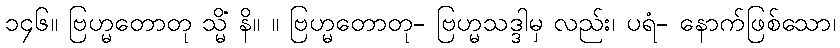
၁၄၆။ ဗြဟ္မတောတု သ္မိံ နိ။ ။ ဗြဟ္မတောတု- ဗြဟ္မသဒ္ဒါမှ လည်း၊ ပရံ- နောက်ဖြစ်သော၊